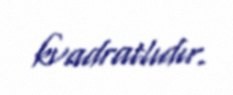
kvadratlıdır.